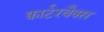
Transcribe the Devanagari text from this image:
क्वार्टरबैक्स